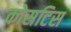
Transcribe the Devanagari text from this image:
कोसटिस